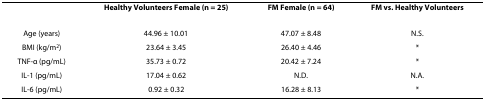
|  | Healthy Volunteers Female (n = 25) | FM Female (n = 64) | FM vs. Healthy Volunteers |
 | --- | --- | --- | --- |
 | Age (years) | 44.96 ± 10.01 | 47.07 ± 8.48 | N.S. |
 | BMI (kg/m2) | 23.64 ± 3.45 | 26.40 ± 4.46 | * |
 | TNF-α (pg/mL) | 35.73 ± 0.72 | 20.42 ± 7.24 | * |
 | IL-1 (pg/mL) | 17.04 ± 0.62 | N.D. | N.A. |
 | IL-6 (pg/mL) | 0.92 ± 0.32 | 16.28 ± 8.13 | * |